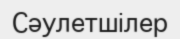
Сәулетшілер